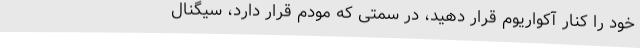
خود را کنار آکواریوم قرار دهید، در سمتی که مودم قرار دارد، سیگنال